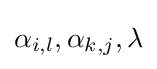
\alpha _{i,l},\alpha _{k,j},\lambda